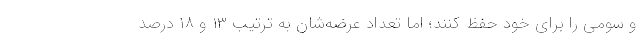
و سومی را برای خود حفظ کنند؛ اما تعداد عرضه‌شان به ترتیب ۱۳ و ۱۸ درصد